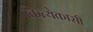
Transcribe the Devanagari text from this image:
कित्येकासी